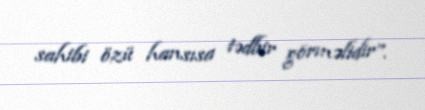
sahibi özü hansısa tədbir görməlidir”.